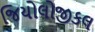
જિયોલોજીકલ